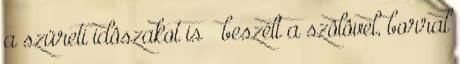
a szüreti idôszakot is – beszélt a szôlôvel, borral